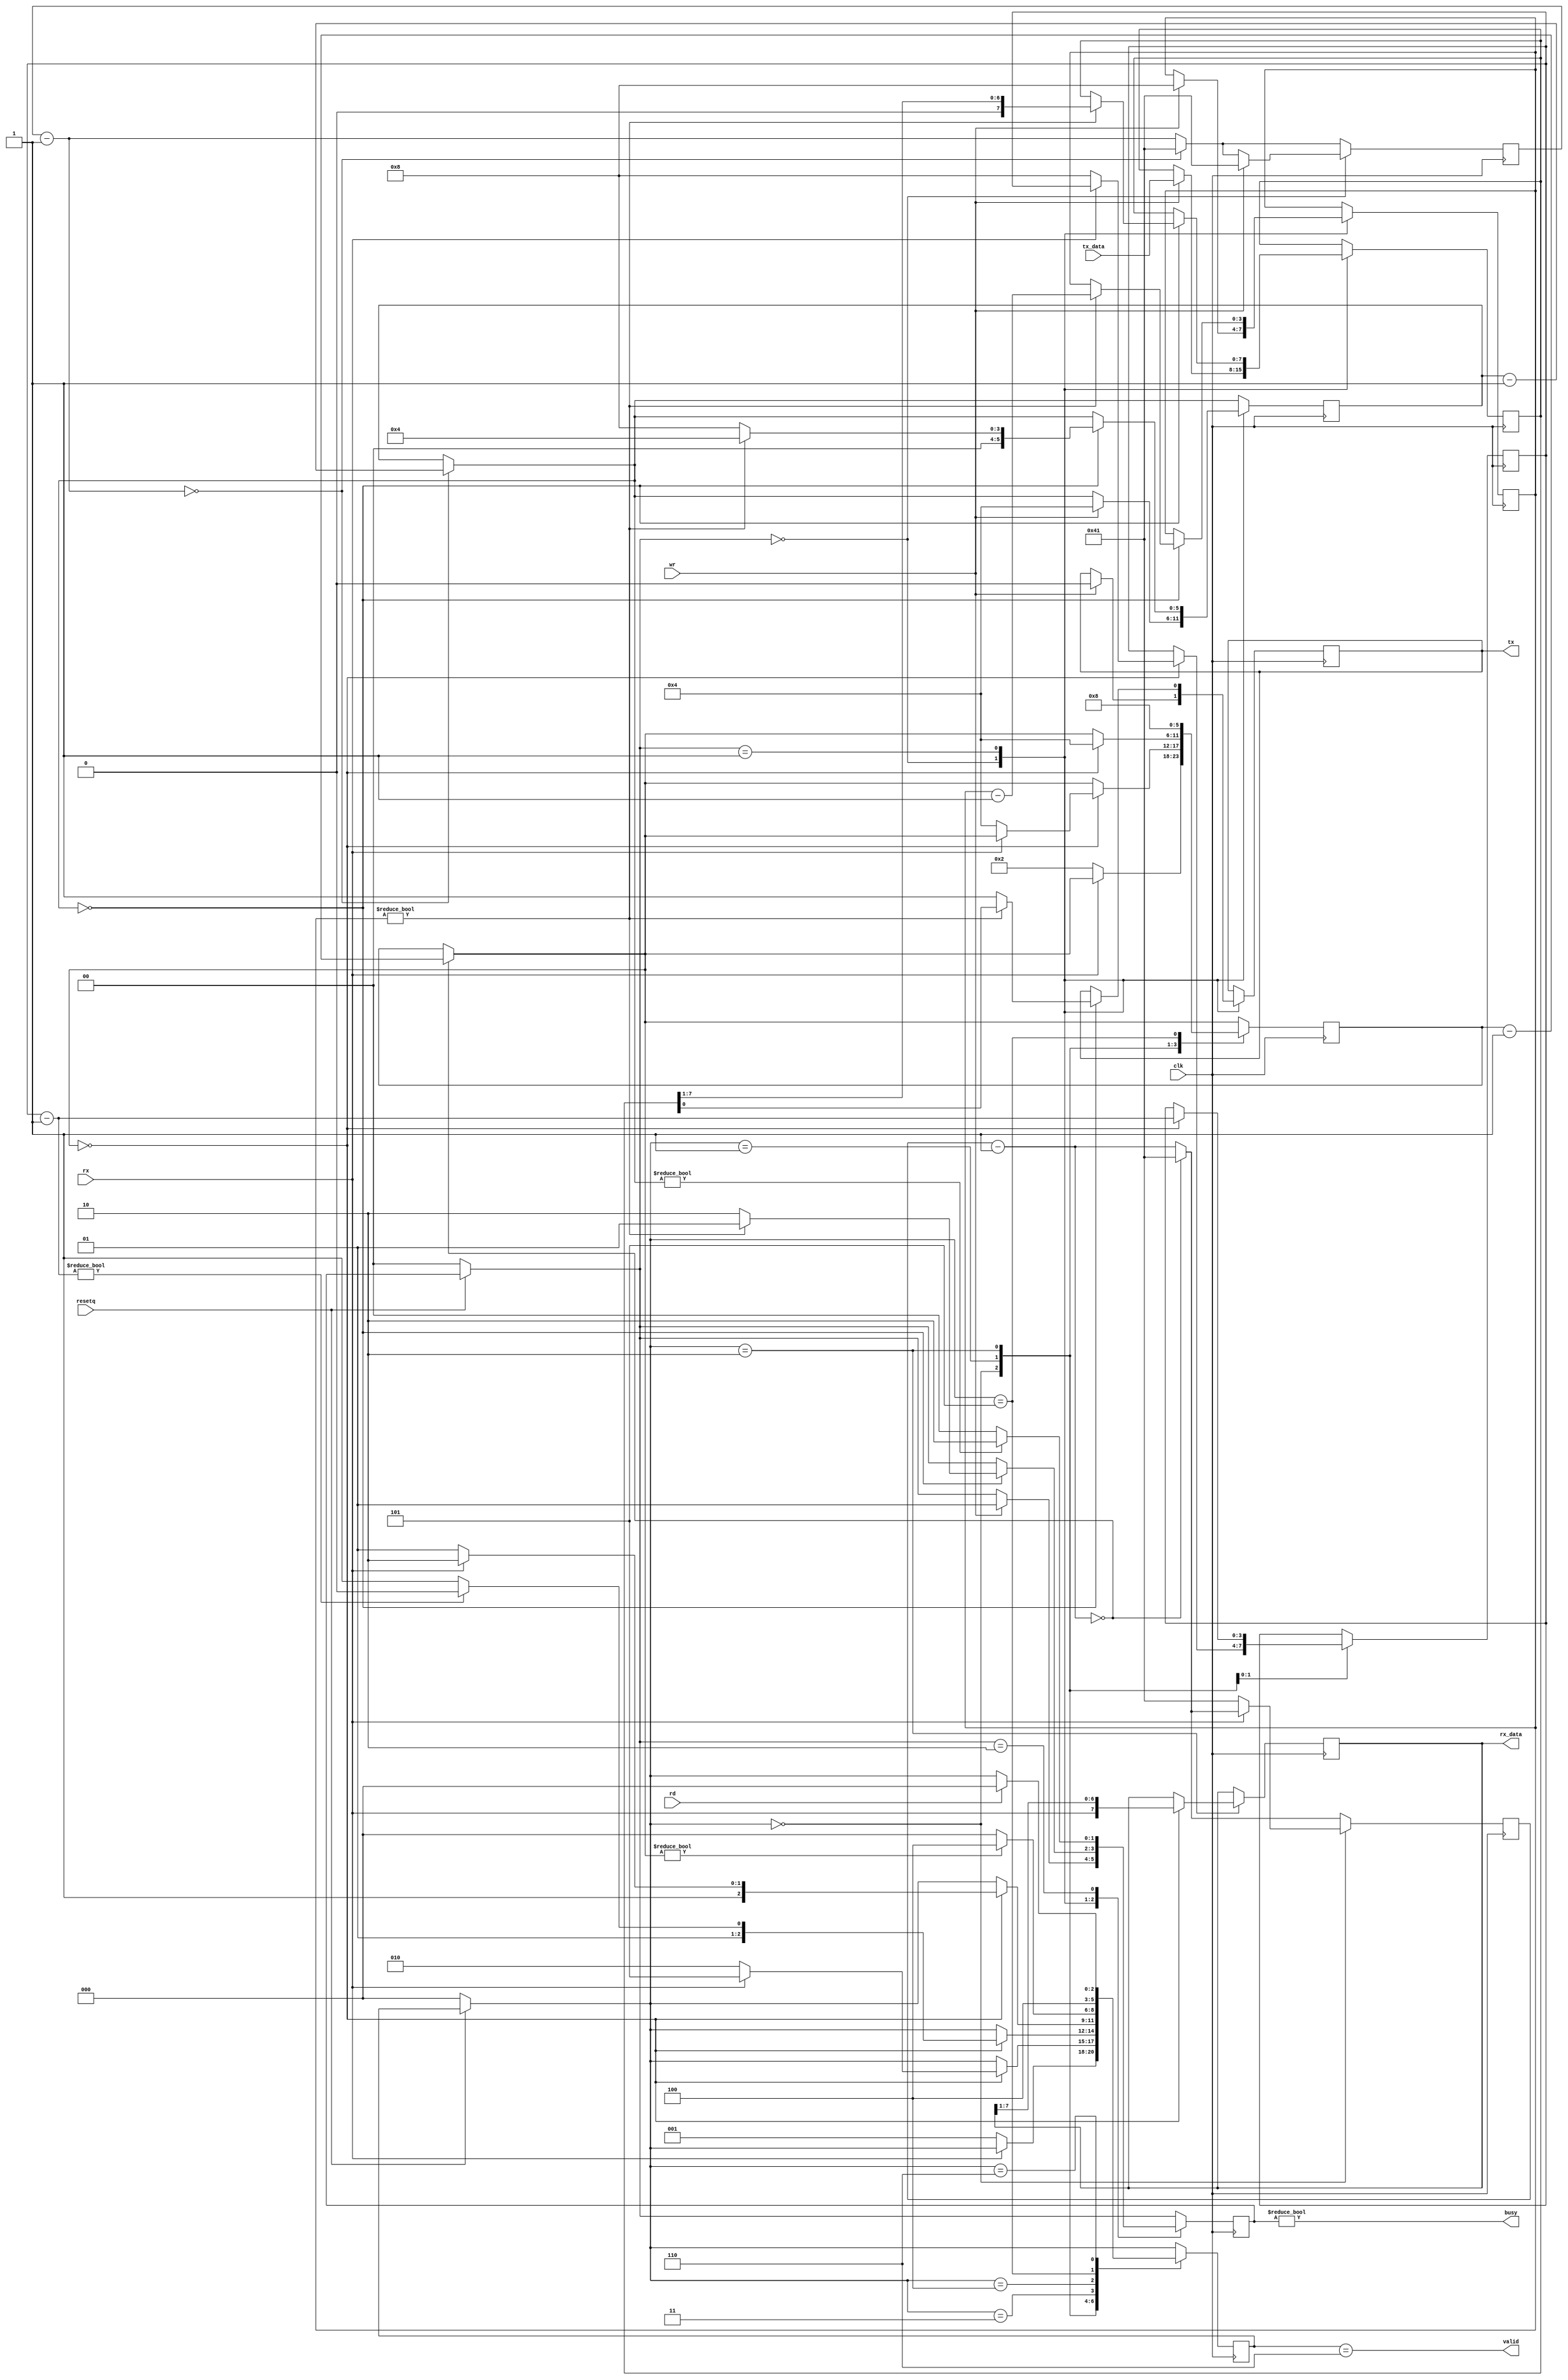
// Documented Verilog UART
// Copyright (C) 2010 Timothy Goddard (tim@goddard.net.nz)
// Distributed under the MIT licence.
//
// Permission is hereby granted, free of charge, to any person obtaining a copy
// of this software and associated documentation files (the "Software"), to deal
// in the Software without restriction, including without limitation the rights
// to use, copy, modify, merge, publish, distribute, sublicense, and/or sell
// copies of the Software, and to permit persons to whom the Software is
// furnished to do so, subject to the following conditions:
// 
// The above copyright notice and this permission notice shall be included in
// all copies or substantial portions of the Software.
// 
// THE SOFTWARE IS PROVIDED "AS IS", WITHOUT WARRANTY OF ANY KIND, EXPRESS OR
// IMPLIED, INCLUDING BUT NOT LIMITED TO THE WARRANTIES OF MERCHANTABILITY,
// FITNESS FOR A PARTICULAR PURPOSE AND NONINFRINGEMENT. IN NO EVENT SHALL THE
// AUTHORS OR COPYRIGHT HOLDERS BE LIABLE FOR ANY CLAIM, DAMAGES OR OTHER
// LIABILITY, WHETHER IN AN ACTION OF CONTRACT, TORT OR OTHERWISE, ARISING FROM,
// OUT OF OR IN CONNECTION WITH THE SOFTWARE OR THE USE OR OTHER DEALINGS IN
// THE SOFTWARE.
// 
// Modification of interface for swapforth j1a use by Bernard Mentink 2016.
// Added Baudrate calculation IgorM 2017

module buart(
    input wire  clk, // The master clock for this module
    input wire resetq, // Synchronous reset, active low
    input wire rx, // Incoming serial line
    output wire tx, // Outgoing serial line
    input wire rd, // read strobe 
    input wire wr, // write strobe   
    output wire valid, // Indicated that a byte has been received.
    output wire busy, // Low when transmit line is idle.
    input wire [7:0] tx_data, // Byte to transmit
    output wire [7:0] rx_data // Byte received
    );

`define CLKFREQ   30000000    // frequency of incoming signal 'clk'
`define BAUD      115200
 
localparam CLOCK_DIVIDE = `CLKFREQ / (`BAUD * 4);
 
// States for the receiving state machine.
// These are just constants, not parameters to override.
parameter RX_IDLE = 0;
parameter RX_CHECK_START = 1;
parameter RX_READ_BITS = 2;
parameter RX_CHECK_STOP = 3;
parameter RX_DELAY_RESTART = 4;
parameter RX_ERROR = 5;
parameter RX_RECEIVED = 6;
 
// States for the transmitting state machine.
// Constants - do not override.
parameter TX_IDLE = 0;
parameter TX_SENDING = 1;
parameter TX_DELAY_RESTART = 2;
 
reg [10:0] rx_clk_divider = CLOCK_DIVIDE;
reg [10:0] tx_clk_divider = CLOCK_DIVIDE;
 
reg [2:0] recv_state = RX_IDLE;
reg [5:0] rx_countdown;
reg [3:0] rx_bits_remaining;
reg [7:0] rx_data_;
 
reg tx_out = 1'b1;
reg [1:0] tx_state = TX_IDLE;
reg [5:0] tx_countdown;
reg [3:0] tx_bits_remaining;
reg [7:0] tx_data_;
 
assign valid = recv_state == RX_RECEIVED;
assign rx_data = rx_data_;
 
assign tx = tx_out;
assign busy = tx_state != TX_IDLE;
 
always @(posedge clk) begin
  if (!resetq) begin
		recv_state = RX_IDLE;
		tx_state = TX_IDLE;
	end
  
 
	// The clk_divider counter counts down from
	// the CLOCK_DIVIDE constant. Whenever it
	// reaches 0, 1/16 of the bit period has elapsed.
        // Countdown timers for the receiving and transmitting
	// state machines are decremented.
	rx_clk_divider = rx_clk_divider - 1;
	if (!rx_clk_divider) begin
		rx_clk_divider = CLOCK_DIVIDE;
		rx_countdown = rx_countdown - 1;
	end
	tx_clk_divider = tx_clk_divider - 1;
	if (!tx_clk_divider) begin
		tx_clk_divider = CLOCK_DIVIDE;
		tx_countdown = tx_countdown - 1;
	end
 
	// Receive state machine
	case (recv_state)
		RX_IDLE: begin
			// A low pulse on the receive line indicates the
			// start of data.
			if (!rx) begin
				// Wait half the period - should resume in the
				// middle of this first pulse.
				rx_clk_divider = CLOCK_DIVIDE;
				rx_countdown = 2;
				recv_state = RX_CHECK_START;
			end
		end
		RX_CHECK_START: begin
			if (!rx_countdown) begin
				// Check the pulse is still there
				if (!rx) begin
					// Pulse still there - good
					// Wait the bit period to resume half-way
					// through the first bit.
					rx_countdown = 4;
					rx_bits_remaining = 8;
					recv_state = RX_READ_BITS;
				end else begin
					// Pulse lasted less than half the period -
					// not a valid transmission.
					recv_state = RX_ERROR;
				end
			end
		end
		RX_READ_BITS: begin
			if (!rx_countdown) begin
				// Should be half-way through a bit pulse here.
				// Read this bit in, wait for the next if we
				// have more to get.
                rx_data_ = {rx, rx_data_[7:1]};
				rx_countdown = 4;
				rx_bits_remaining = rx_bits_remaining - 1;
				recv_state = rx_bits_remaining ? RX_READ_BITS : RX_CHECK_STOP;
			end
		end
		RX_CHECK_STOP: begin
			if (!rx_countdown) begin
				// Should resume half-way through the stop bit
				// This should be high - if not, reject the
				// transmission and signal an error.
				recv_state = rx ? RX_RECEIVED : RX_ERROR;
			end
		end
		RX_DELAY_RESTART: begin
			// Waits a set number of cycles before accepting
			// another transmission.
			recv_state = rx_countdown ? RX_DELAY_RESTART : RX_IDLE;
		end
		RX_ERROR: begin
			// There was an error receiving.
			// Raises the recv_error flag for one clock
			// cycle while in this state and then waits
			// 2 bit periods before accepting another
			// transmission.
			rx_countdown = 8;
			recv_state = RX_DELAY_RESTART;
		end
		RX_RECEIVED: begin
			// Successfully received a byte.
			// Raises the received flag for one clock
			// cycle while in this state.
                    if(rd) begin
			recv_state = RX_IDLE;
                    end
		end
	endcase
 
	// Transmit state machine
	case (tx_state)
		TX_IDLE: begin
                    if (wr) begin
				// If the transmit flag is raised in the idle
				// state, start transmitting the current content
				// of the tx_byte input.
				tx_data_ = tx_data;
				// Send the initial, low pulse of 1 bit period
				// to signal the start, followed by the data
				tx_clk_divider = CLOCK_DIVIDE;
				tx_countdown = 4;
				tx_out = 0;
				tx_bits_remaining = 8;
				tx_state = TX_SENDING;
                    end
		end
		TX_SENDING: begin
			if (!tx_countdown) begin
				if (tx_bits_remaining) begin
					tx_bits_remaining = tx_bits_remaining - 1;
					tx_out = tx_data_[0];
                  tx_data_ = {1'b0, tx_data_[7:1]};
					tx_countdown = 4;
					tx_state = TX_SENDING;
				end else begin
					// Set delay to send out 2 stop bits.
					tx_out = 1;
					tx_countdown = 8;
					tx_state = TX_DELAY_RESTART;
				end
			end
		end
		TX_DELAY_RESTART: begin
			// Wait until tx_countdown reaches the end before
			// we send another transmission. This covers the
			// "stop bit" delay.
			tx_state = tx_countdown ? TX_DELAY_RESTART : TX_IDLE;
		end
	endcase
end
 
endmodule